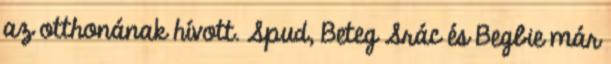
az otthonának hívott. Spud, Beteg Srác és Begbie már